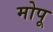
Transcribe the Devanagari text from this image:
मोपू